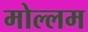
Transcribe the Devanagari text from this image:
मोल्लम